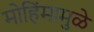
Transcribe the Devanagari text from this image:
मोहिंमामुळे